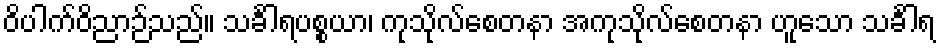
ဝိပါက်ဝိညာဉ်သည်။ သင်္ခါရပစ္စယာ၊ ကုသိုလ်စေတနာ အကုသိုလ်စေတနာ ဟူသော သင်္ခါရ